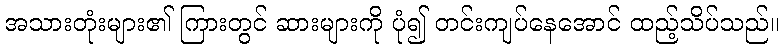
အသားတုံးများ၏ ကြားတွင် ဆားများကို ပုံ၍ တင်းကျပ်နေအောင် ထည့်သိပ်သည်။